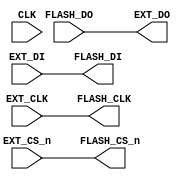
module loader (
	
	CLK, // global clock 48 MHz
	
	FLASH_CS_n, // pullup
	FLASH_DO,
	FLASH_CLK,
	FLASH_DI,
	
	EXT_CS_n, // PIN_2 = DS_G
	EXT_DO,	 // PIN_3 = DS_DP
	EXT_CLK,  // PIN_1 = DS_C
	EXT_DI    // PIN_141 = DS_D
);

input CLK;

output FLASH_CS_n;
output FLASH_CLK;
output FLASH_DI;
input FLASH_DO;

input EXT_CS_n;
input EXT_CLK;
input EXT_DI;
output EXT_DO;

assign FLASH_CS_n = EXT_CS_n;
assign FLASH_CLK = EXT_CLK;
assign FLASH_DI = EXT_DI;
assign EXT_DO = FLASH_DO;


/*output reg FLASH_CS_n;
output reg FLASH_CLK;
output reg FLASH_DI;
input FLASH_DO;

input EXT_CS_n;
input EXT_CLK;
input EXT_DI;
output reg EXT_DO;

always @(posedge(CLK)) begin
	FLASH_CS_n = EXT_CS_n;
	FLASH_CLK = EXT_CLK;
	FLASH_DI = EXT_DI;
	EXT_DO = FLASH_DO;
end
*/
endmodule